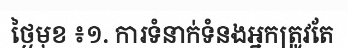
ថ្ងៃមុខ ៖១. ការទំនាក់ទំនងអ្នកត្រូវតែ